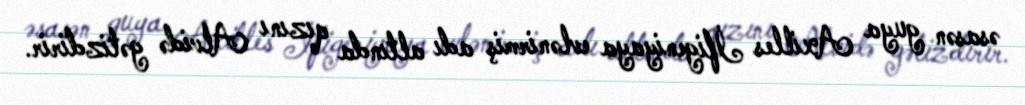
əsasən guya Axilles İfigeniyaya evlənirmiş adı altında qızını Alvidə gətizdirir.